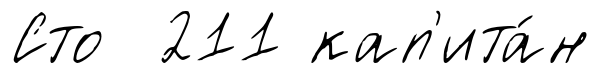
Сто 211 кап'ита́н